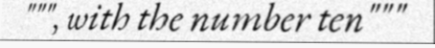
""", with the number ten"""